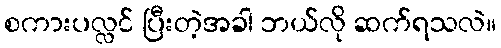
စကားပလ္လင် ပြီးတဲ့အခါ ဘယ်လို ဆက်ရသလဲ။